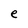
Character: e